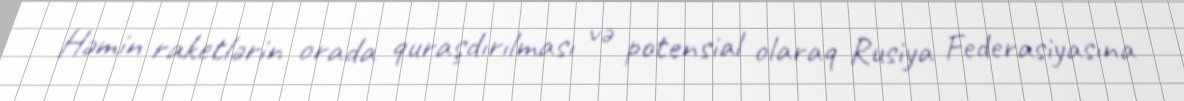
Həmin raketlərin orada quraşdırılması və potensial olaraq Rusiya Federasiyasına